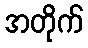
အတိုက်